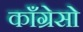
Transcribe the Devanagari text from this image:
काँग्रेसो